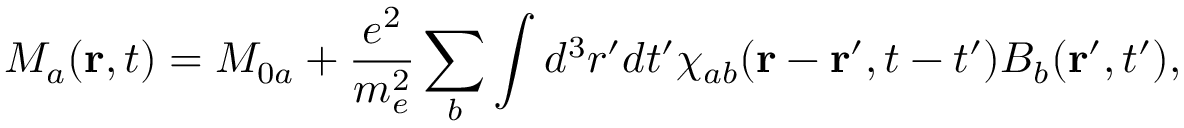
M _ { a } ( \mathbf { r } , t ) = M _ { 0 a } + \frac { e ^ { 2 } } { m _ { e } ^ { 2 } } \sum _ { b } \int d ^ { 3 } r ^ { \prime } d t ^ { \prime } \chi _ { a b } ( \mathbf { r } - \mathbf { r } ^ { \prime } , t - t ^ { \prime } ) B _ { b } ( \mathbf { r } ^ { \prime } , t ^ { \prime } ) ,